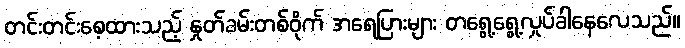
တင်းတင်းစေ့ထားသည့် နှုတ်ခမ်းတစ်ဝိုက် အရေပြားများ တရွေ့ရွေ့လှုပ်ခါနေလေသည်။